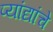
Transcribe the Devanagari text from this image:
प्यांद्यांचे